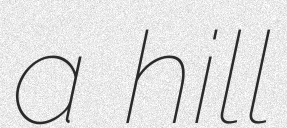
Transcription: a hill